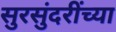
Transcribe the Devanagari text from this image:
सुरसुंदरींच्या